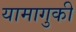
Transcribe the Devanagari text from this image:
यामागुकी